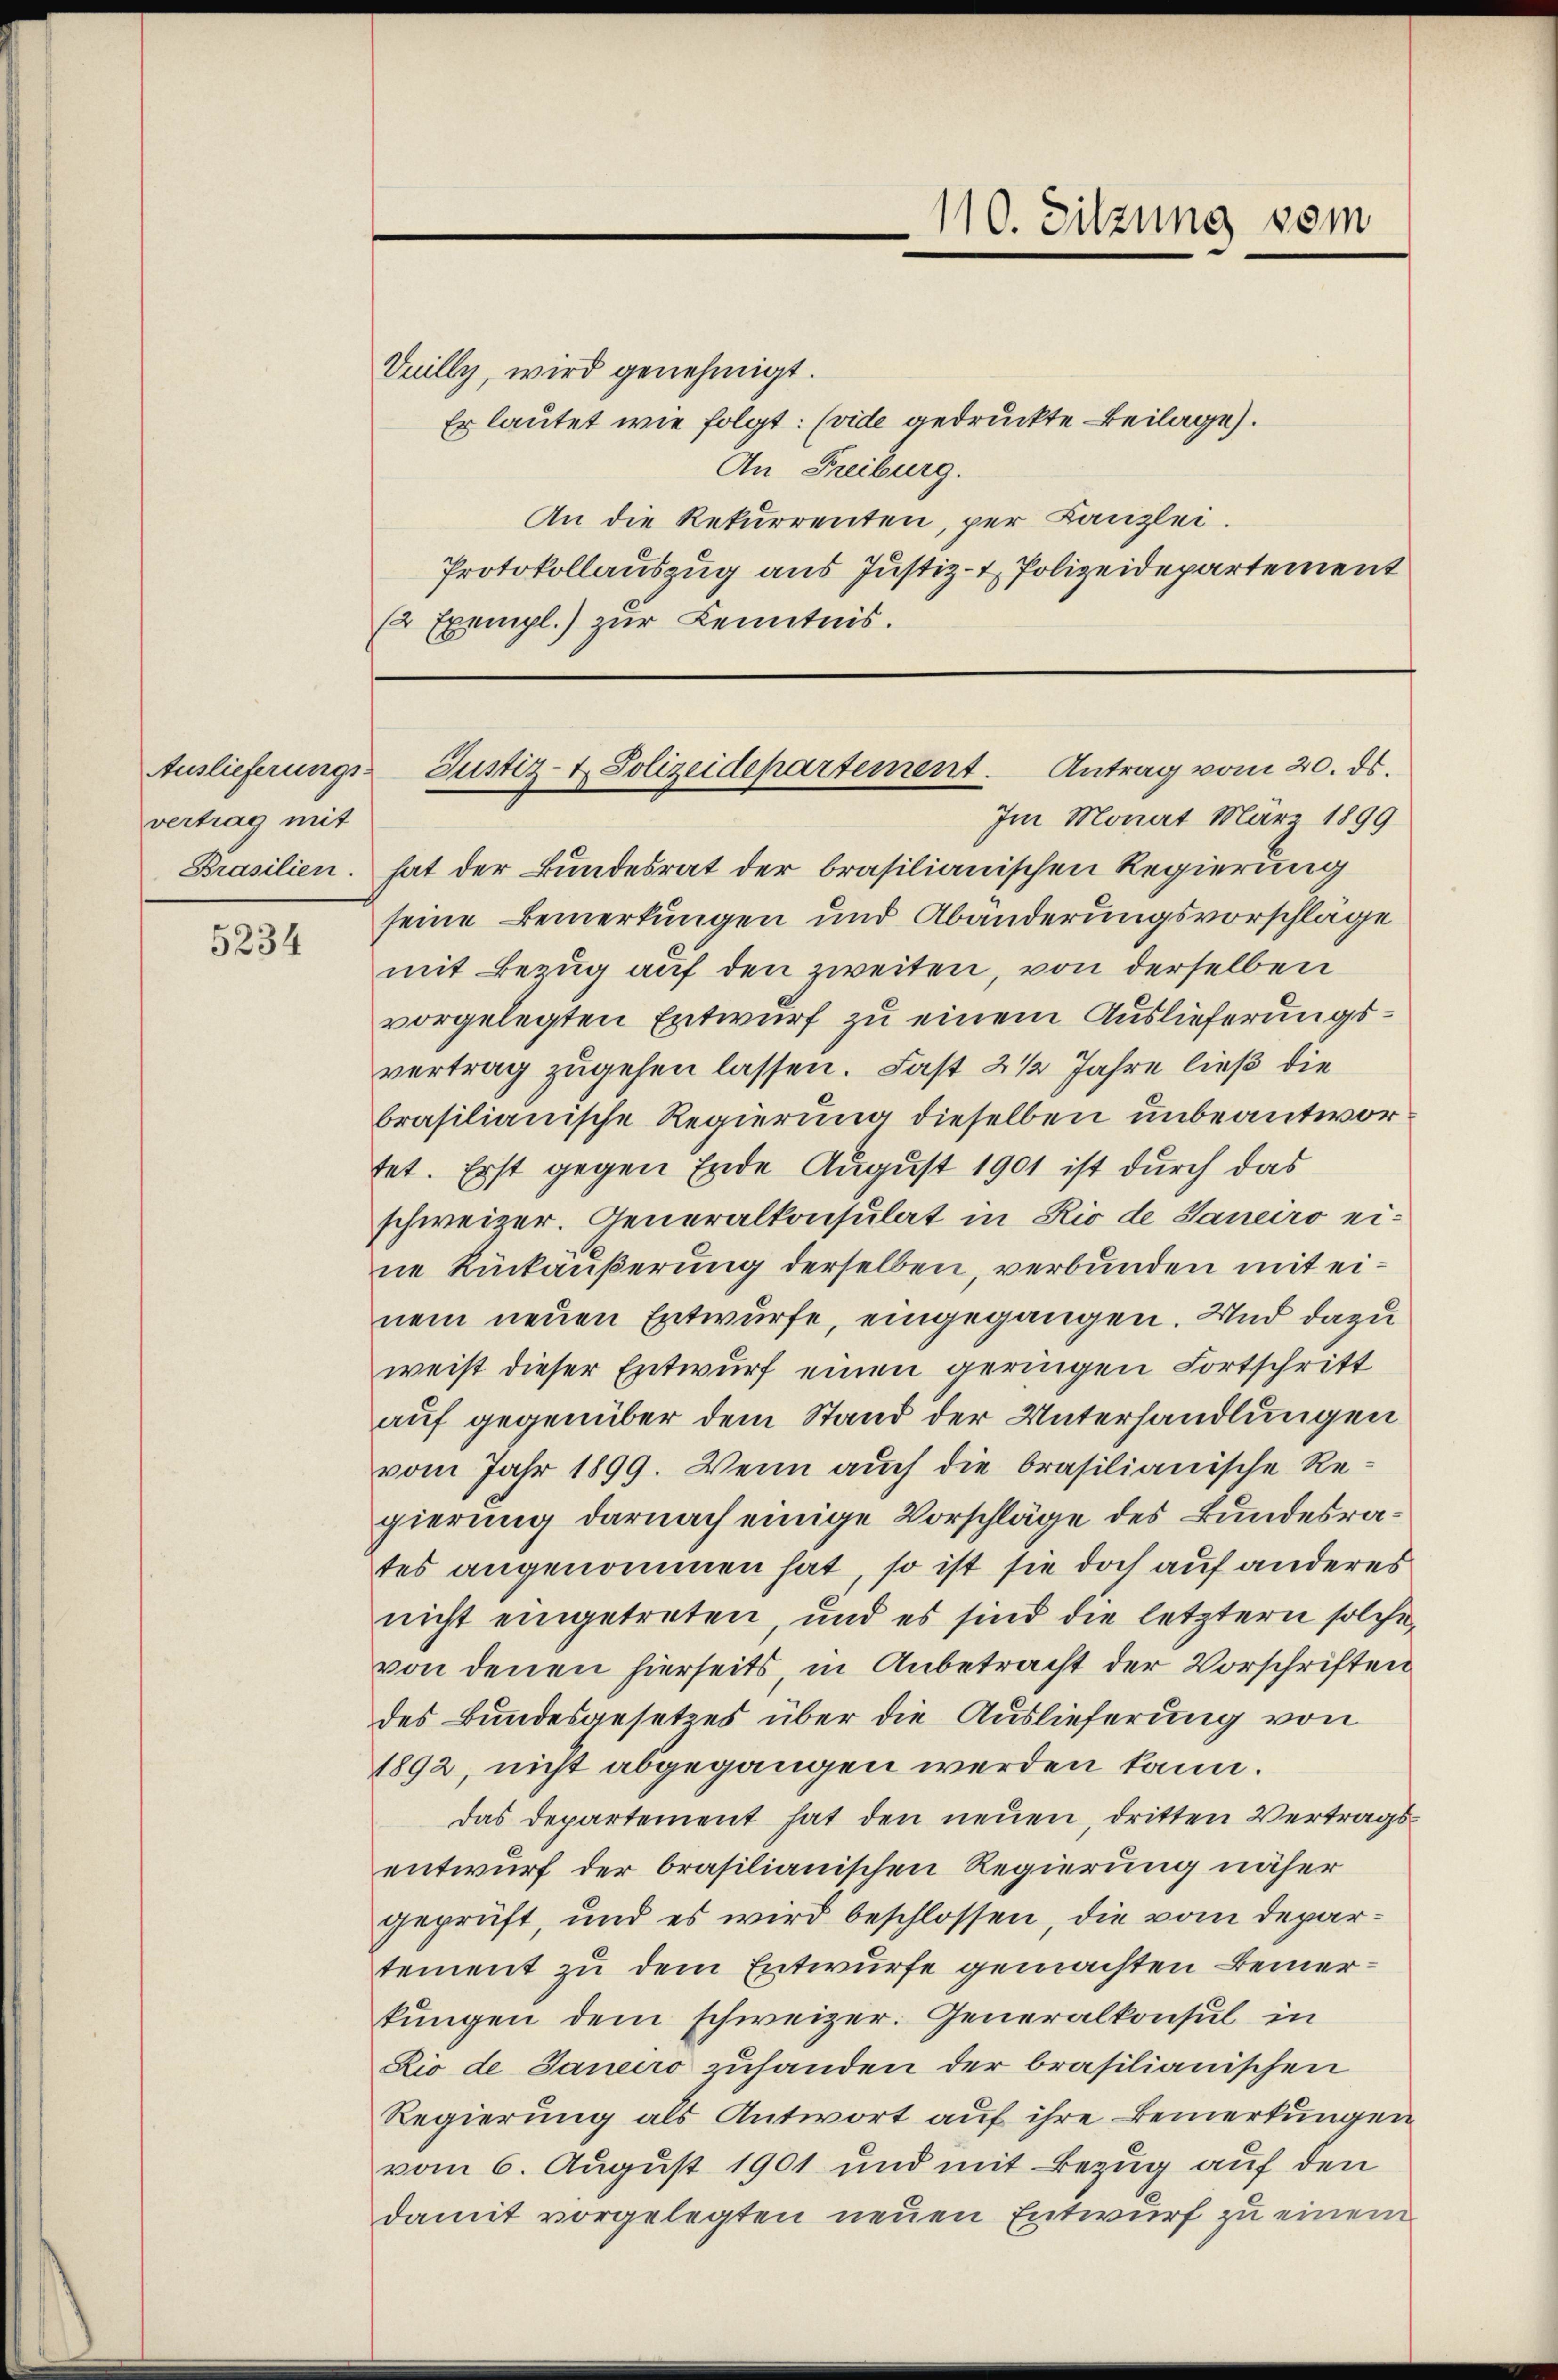
vertrag mit

5234

Vuilly, wird genehmigt.
Er lautet wie folgt: (vide gedruckte Beilage).
An Freiburg.
An die Rekurrenten, per Kanzlei.
Protokollauszug aus Justiz- & Polizeidepartement
(2 Exempl.) zur Kenntnis.

Im Monat März 1899
Brasilien. hat der Bundesrat der brasilianischen Regierung
seine Bemerkungen und Abänderungsvorschläge
mit Bezug auf den zweiten, von derselben
vorgelegten Entwurf zu einem Auslieferungsvertrag zugehen lassen. Fast 2 1/2 Jahre ließ die
brasilianische Regierung dieselben unbeantwortet. Erst gegen Ende August 1901 ist durch das
schweizer. Generalkonsulat in Rio de Janeiro ei-
ne Rückäußerung derselben, verbunden mit einem neuen Entwurfe, eingegangen. Und dazu
weist dieser Entwurf einen geringen Fortschritt
auf gegenüber dem Stand der Unterhandlungen
vom Jahr 1899. Wenn auch die brasilianische Regierung darnach einige Vorschläge des Bundesrates angenommen hat, so ist sie doch auf anderes
nicht eingetreten, und es sind die letztern solche
von denen hierseits, in Anbetracht der Vorschriften
des Bundesgesetzes über die Auslieferung von
1892, nicht abgegangen werden kann.
das Departement hat den neuen, dritten Vertragsentwurf der brasilianischen Regierung näher
geprüft, und es wird beschlossen, die vom Departement zu dem Entwurfe gemachten Bemerkungen dem schweizer. Generalkonsul in
Zio de Janeiro zuhanden der brasilianischen
Regierung als Antwort auf ihre Bemerkungen
vom 6. August 1901 und mit Bezug auf den
damit vorgelegten neuen Entwurf zu einem

110. Sitzung vom

Auslieferungs- Justiz- & Polizeidepartement. Antrag vom 20. ds.